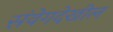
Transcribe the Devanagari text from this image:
संवेगदेखील